Vaccination in Bombay 1913-1923 - 1913-1923
Year: 1913
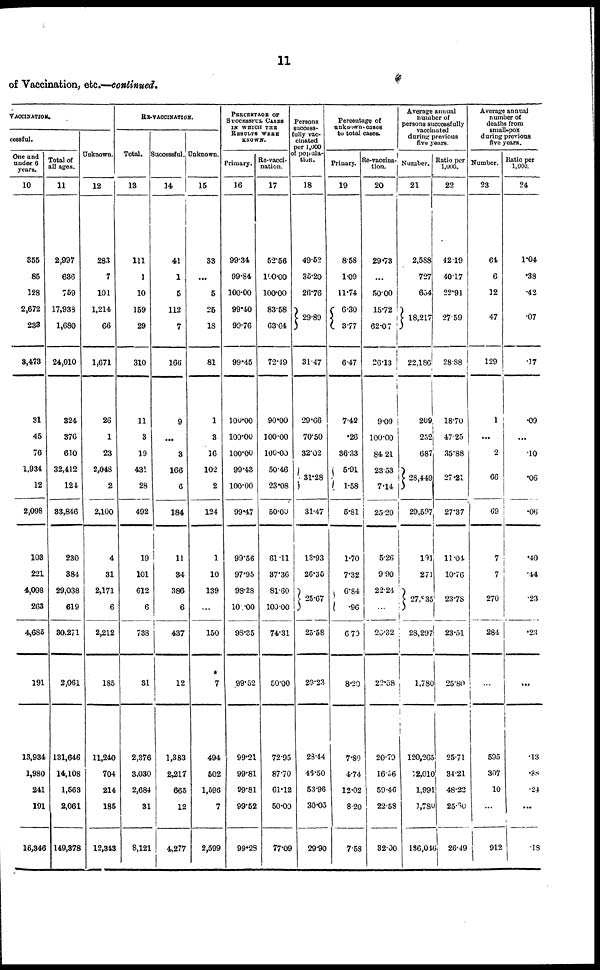
11
of Vaccination, etc.—continued.
VACCINATION.
cessful.
One and
under 6
years.
10
355
85
128
2,672
233
3,473
31
45
76
1,934
12
2,098
103
221
4,098
263
4,685
191
13,934
1,980
241
191
16,346
Total of
all ages.
11
2,997
636
759
17,933
1,680
24,010
324
376
610
32,412
124
33,846
230
384
29,038
619
30,271
2,061
131,646
14,108
1,563
2,061
149,378
Unknown.
12
283
7
101
1,214
66
1,671
26
1
23
2,048
2
2,100
4
31
2,171
6
2,212
185
11,240
704
214
185
12,343
RE-VACCINATION.
Total.
13
111
1
10
159
29
310
11
3
19
431
28
492
19
101
612
6
738
31
2,376
3,030
2,684
31
8,121
Successful.
14
41
1
5
112
7
166
9
...
3
166
6
184
11
34
386
6
437
12
1,383
2,217
665
12
4,277
Unknown.
15
33
...
5
25
18
81
1
3
16
102
2
124
1
10
139
...
150
7
494
502
1,596
7
2,599
PERCENTAGE OF
SUCCESSFUL CASES
IN WHICH THE
RESULTS WERE
KNOWN.
Primary.
16
99.34
99.84
100.00
99.40
99.76
99.45
100.00
100.00
100.00
99.43
100.00
99.47
99.56
97.95
98.28
100.00
98.35
99.52
99.21
99.81
99.81
99.52
99.23
Re-vacci-
nation.
17
52.56
100.00
100.00
83.58
63.64
72.19
90.00
100.00
100.00
50.46
23.08
50.00
61.11
37.36
81.60
100.00
74.31
50.00
72.95
87.70
61.12
50.00
77.09
Persons
success-
--lly vac-
cinated
per 1,000
of popula-
tion.
18
49.52
35.20
26.76
29.89
31.47
29.66
70.50
32.02
31.28
31.47
13.93
26.35
25.67
25.58
29.23
28.44
46.50
53.96
30.05
29.90
Percentage of
unknown cases
to total cases.
Prinary.
19
8.58
1.09
11.74
6.30
3.77
6.47
7.42
.26
36.33
5.91
1.58
5.81
1.70
7.32
6.84
.96
6.70
8.20
7.80
4.74
12.02
8.20
7.58
Re-vaccina-
tion.
20
29.73
...
50.00
15.72
62.07
26.13
9.09
100.00
84.21
23.53
7.14
25.20
5.26
9.90
22.24
...
20.32
22.58
20.79
16.56
59.46
22.58
32.00
Average annual
number of
persons successfully
vaccinated
during previous
five years.
Number.
21
2,588
727
654
18,217
22,186
209
252
687
28,449
29,597
191
271
27,835
28,297
1,780
120,265
12,010
1,991
1,780
136,046
Ratio per
1,000.
22
42.19
40.17
22.91
27.59
28.88
18.70
47.25
35.88
27.21
27.37
11.04
10.76
23.78
23.51
25.80
25.71
34.21
48.22
25.80
26.49
Average annual
number of
deaths from
small-pox
during previous
five years.
Number.
23
64
6
12
47
129
1
...
2
66
69
7
7
270
284
...
595
307
10
...
912
Ratio per
1,000.
24
1.04
.38
.42
.07
.17
.09
...
.10
.06
.06
.40
.44
.23
.23
...
.13
.88
.24
...
.18